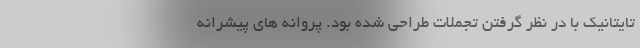
تایتانیک با در نظر گرفتن تجملات طراحی شده بود. پروانه های پیشرانه